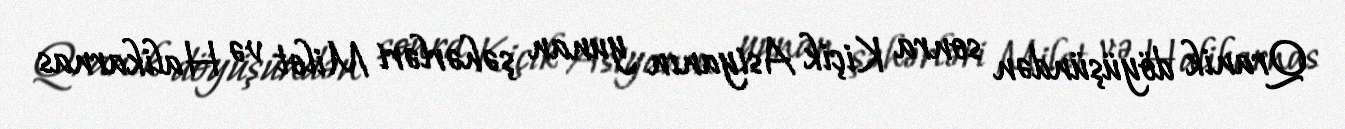
Qranik döyüşündən sonra Kiçik Asiyanın yunan şəhərləri Milet və Halikarnas